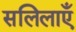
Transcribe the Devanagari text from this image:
सलिलाएँ